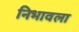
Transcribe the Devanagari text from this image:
निभावला